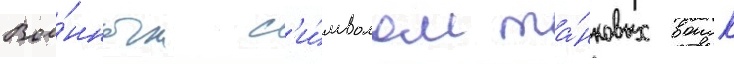
Вое́нным с'и́мволом та́нковых воиск